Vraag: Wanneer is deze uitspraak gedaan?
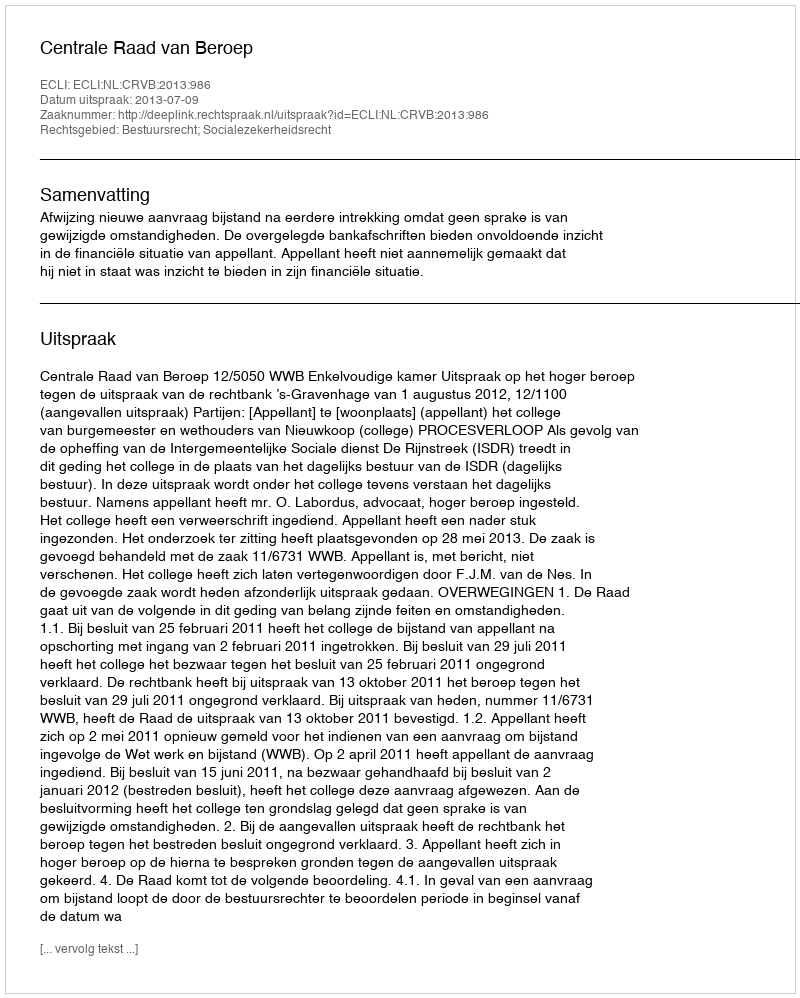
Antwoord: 2013-07-09